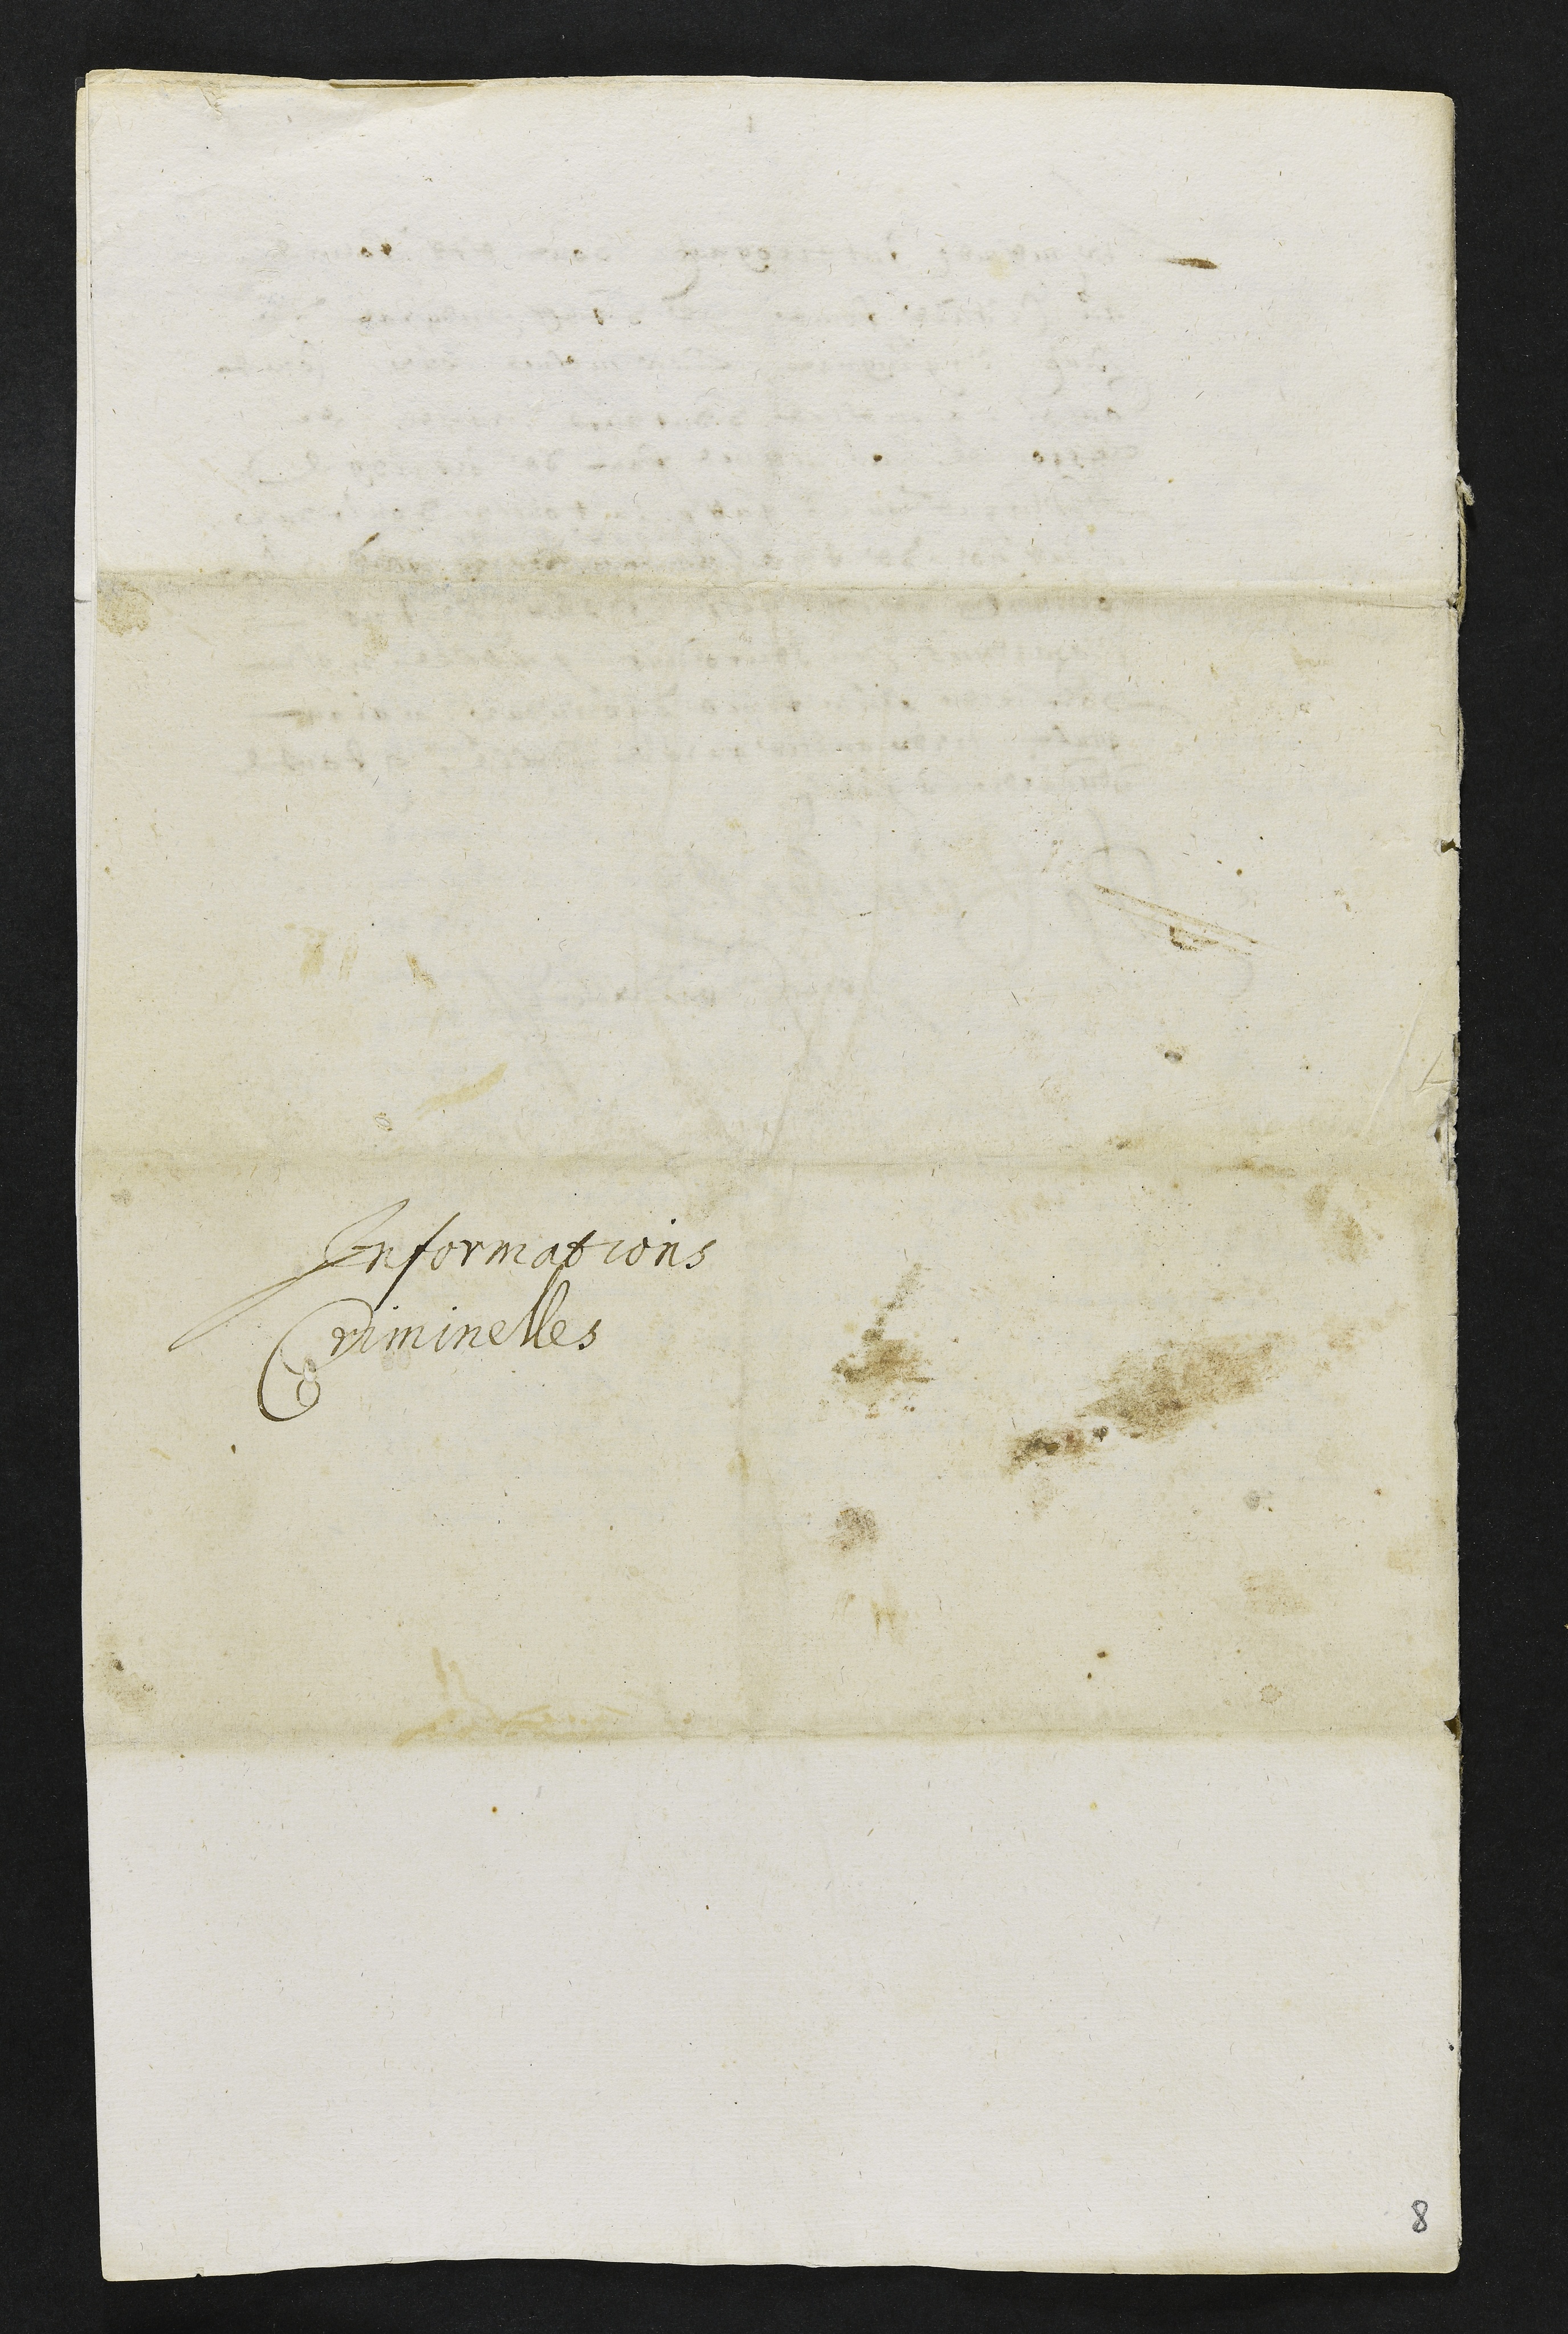
Informations
Criminelles
8